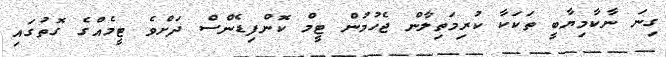
ގިނަ ނާކާމިޔާބީ ތަކަކާ ކުރިމަތިލާން ޖެހުމުން ޓީމް ކޮންފިޑެންސް ދަށްވެ ޓީމެއްގެ ގޮތުގައި